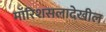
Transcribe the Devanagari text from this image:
मॉरिशसलादेखील